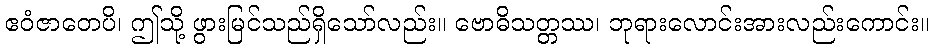
ဧဝံဇာတေပိ၊ ဤသို့ ဖွားမြင်သည်ရှိသော်လည်း။ ဗောဓိသတ္တဿ၊ ဘုရားလောင်းအားလည်းကောင်း။